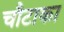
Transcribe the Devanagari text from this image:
चौटाका